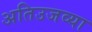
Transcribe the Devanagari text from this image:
अतिउजव्या